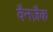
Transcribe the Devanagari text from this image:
वैनज़ैक